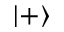
| + \rangle